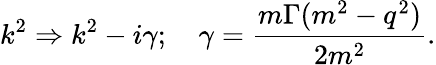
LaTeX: k^{2}\Rightarrow k^{2}-i\gamma;\quad\gamma=\frac{m\Gamma(m^{2}-q^{2})}{2m^{2}}.